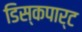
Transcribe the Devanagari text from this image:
डिस्कपार्ट